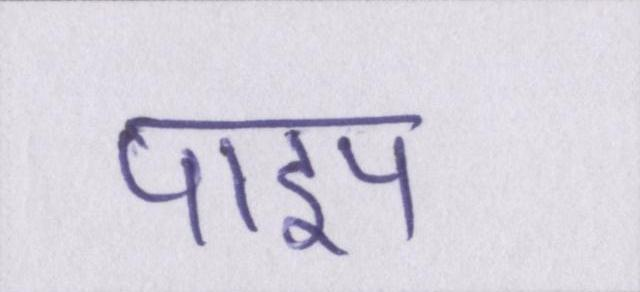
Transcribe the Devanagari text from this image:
पाइप